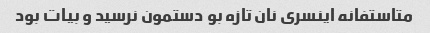
متاستفانه اینسری نان تازه بو دستمون نرسید و بیات بود